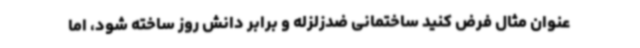
عنوان مثال فرض کنید ساختمانی ضدزلزله و برابر دانش روز ساخته شود، اما